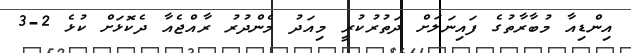
އިންޑިއާ މުބާރާތުގެ ފައިނަަލަށް ދަތުރުކުރީ މިއަދު މެންދުރު ރާއްޖެއާ ދެކޮޅަށް ކުޅެ 2-3